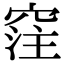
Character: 𥦠